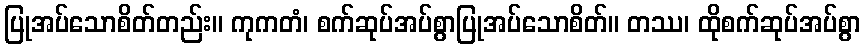
ပြုအပ်သောစိတ်တည်း။ ကုကတံ၊ စက်ဆုပ်အပ်စွာပြုအပ်သောစိတ်။ တဿ၊ ထိုစက်ဆုပ်အပ်စွာ